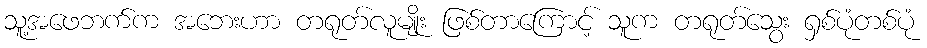
သူ့အဖေဘက်က အဘေးဟာ တရုတ်လူမျိုး ဖြစ်တာကြောင့် သူက တရုတ်သွေး ရှစ်ပုံတစ်ပုံ